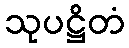
သုပဋ္ဌိတံ